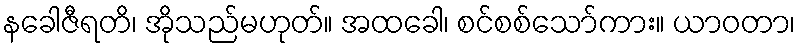
နခေါဇီရတိ၊ အိုသည်မဟုတ်။ အထခေါ၊ စင်စစ်သော်ကား။ ယာဝတာ၊